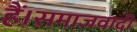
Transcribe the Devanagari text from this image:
हैं।समाजवादी